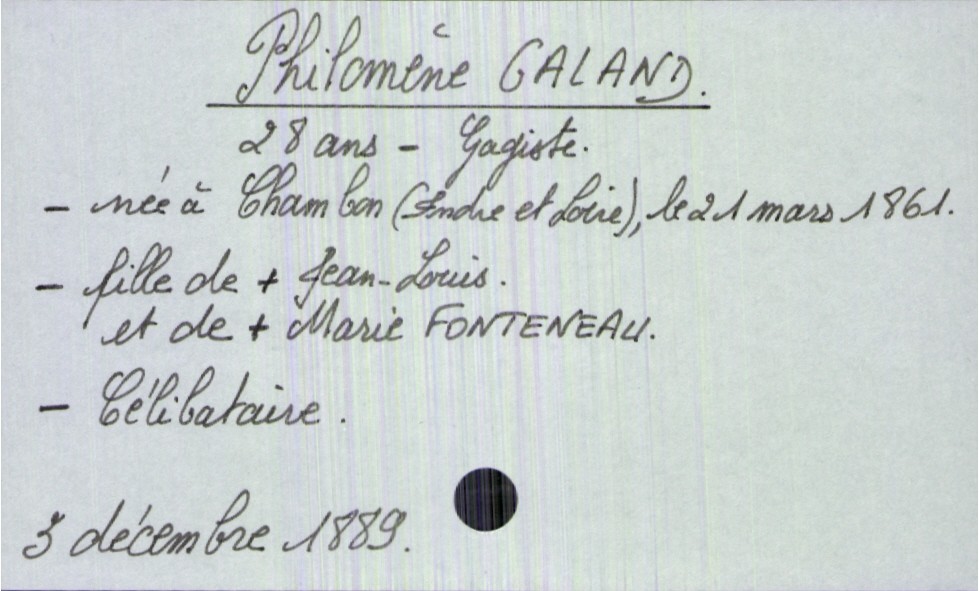
type_acte: Décès
année: 1889
mois: décembre
jour: 3
défunt_nom: Galand
défunt_prénom: Philomène
défunt_sexe: H
défunt_âge: 28 ans
défunt_profession: gagiste
défunt_date_de_naissance: 21 mars 1861
défunt_lieu_de_naissance: Chambon (Indre et Loire)
défunt_statut: célibataire
père_défunt_nom: Galand
père_défunt_prénom: Jean-Louis
père_défunt_statut: décédé
mère_défunt_nom: Fonteneau
mère_défunt_prénom: Marie
mère_défunt_statut: décédée